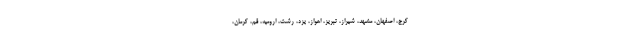
کرج، اصفهان، مشهد، شیراز، تبریز، اهواز، یزد، رشت، ارومیه، قم، کرمان،